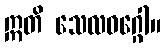
ဣတိ သေလဝဂ္ဂေါ။